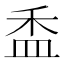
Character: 盉